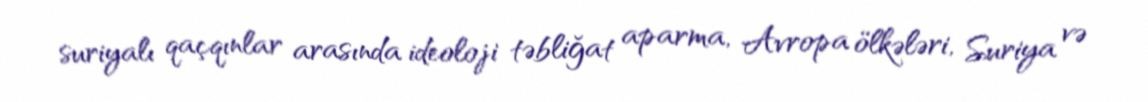
suriyalı qaçqınlar arasında ideoloji təbliğat aparma, Avropa ölkələri, Suriya və